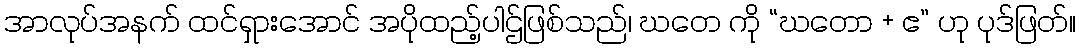
အာလုပ်အနက် ထင်ရှားအောင် အပိုထည့်ပါဌ်ဖြစ်သည်၊ ဃတေ ကို “ဃတော + ဧ” ဟု ပုဒ်ဖြတ်။